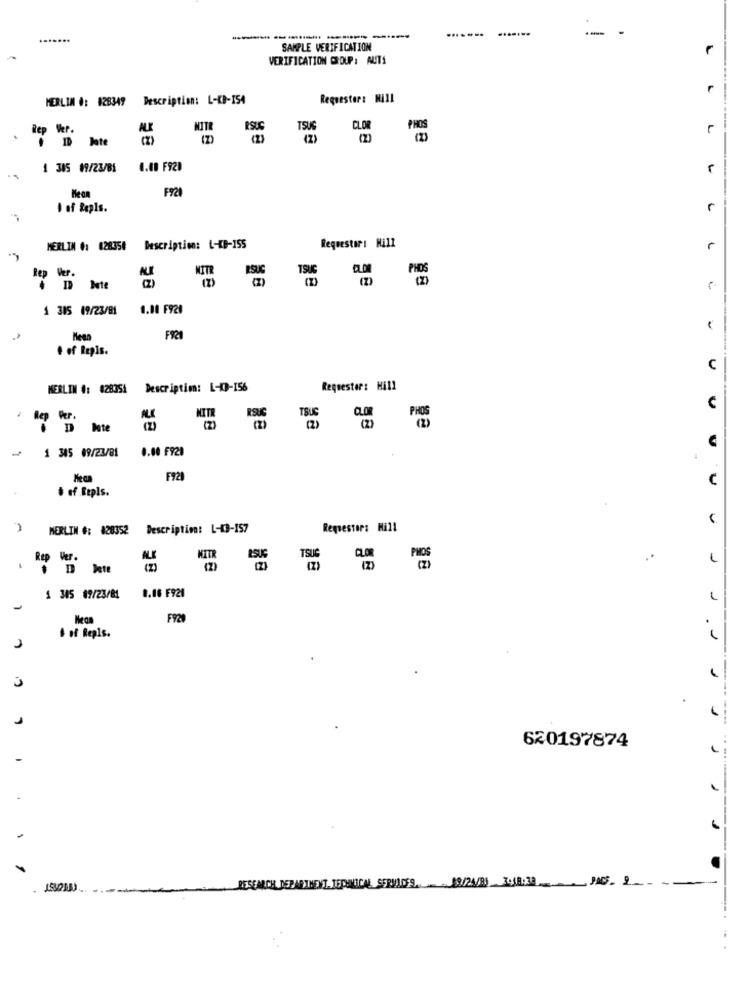
-- -
.......
SAMPLE VERIFICATION
VERIFICATION GROUP: AUTA
1
MERLIN O: #28349 Description: L-KB-ISA
Requester: Nill
Rep Ver.
MIT
PSUC
TSUG
CLOR
I hate
1 305 89/23/81
4.40 F929
F921
I of Repls.
r
MERLIN #: 028350 Description: L-KB-155
Requestar: Nill
Rep Ver.
1 315 19/23/81
1.00 F929
. LLLLLL
. of Repis.
C
MERLIN #: 628351 Description: 1-03-156
Requester: Hill
Rep Per.
KITR
RSUC
TSUC
1 Ite
₩ 1 345 09/23/81
0.00 F920
F721
U
of Repls.
MERLIN #: 428352
Description: 1-4-157
Requestars Hill
Ver.
ALE
NITR
ESUS
0.16 F921
1 345 69/23/81
-
FY20
& of Repls.
----
620197874
RESEARCH DEPARTMENT. JEPUNICAL SERVICES. MU/24/B) LUB.33- JAG5. 2.